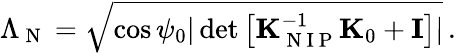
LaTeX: \Lambda_{\mathrm{~N~}}=\sqrt{\cos\psi_{0}|\operatorname*{det}\left[{\mathbf K}_{\mathrm{~N~I~P~}}^{-1}{\mathbf K}_{0}+{\mathbf I}\right]|}\, .